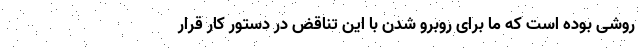
روشی بوده است که ما برای روبرو شدن با این تناقض در دستور کار قرار